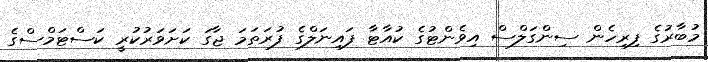
މުބާރުގެ ފިރިހެން ސިންގަލްސް އިވެންޓުގެ ކުއާޓާ ފައިނަލްގެ ފުރަތަމަ ޖާގަ ކަށަވަރުކުރީ ކަސްޓަމްސްގެ